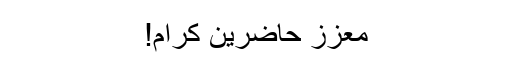
معزز حاضرین کرام!